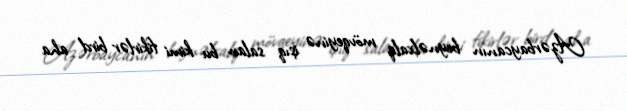
Azərbaycanın beynəlxalq mövqeyinə işıq salan bu kimi fikirlər bird aha